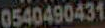
0540490431